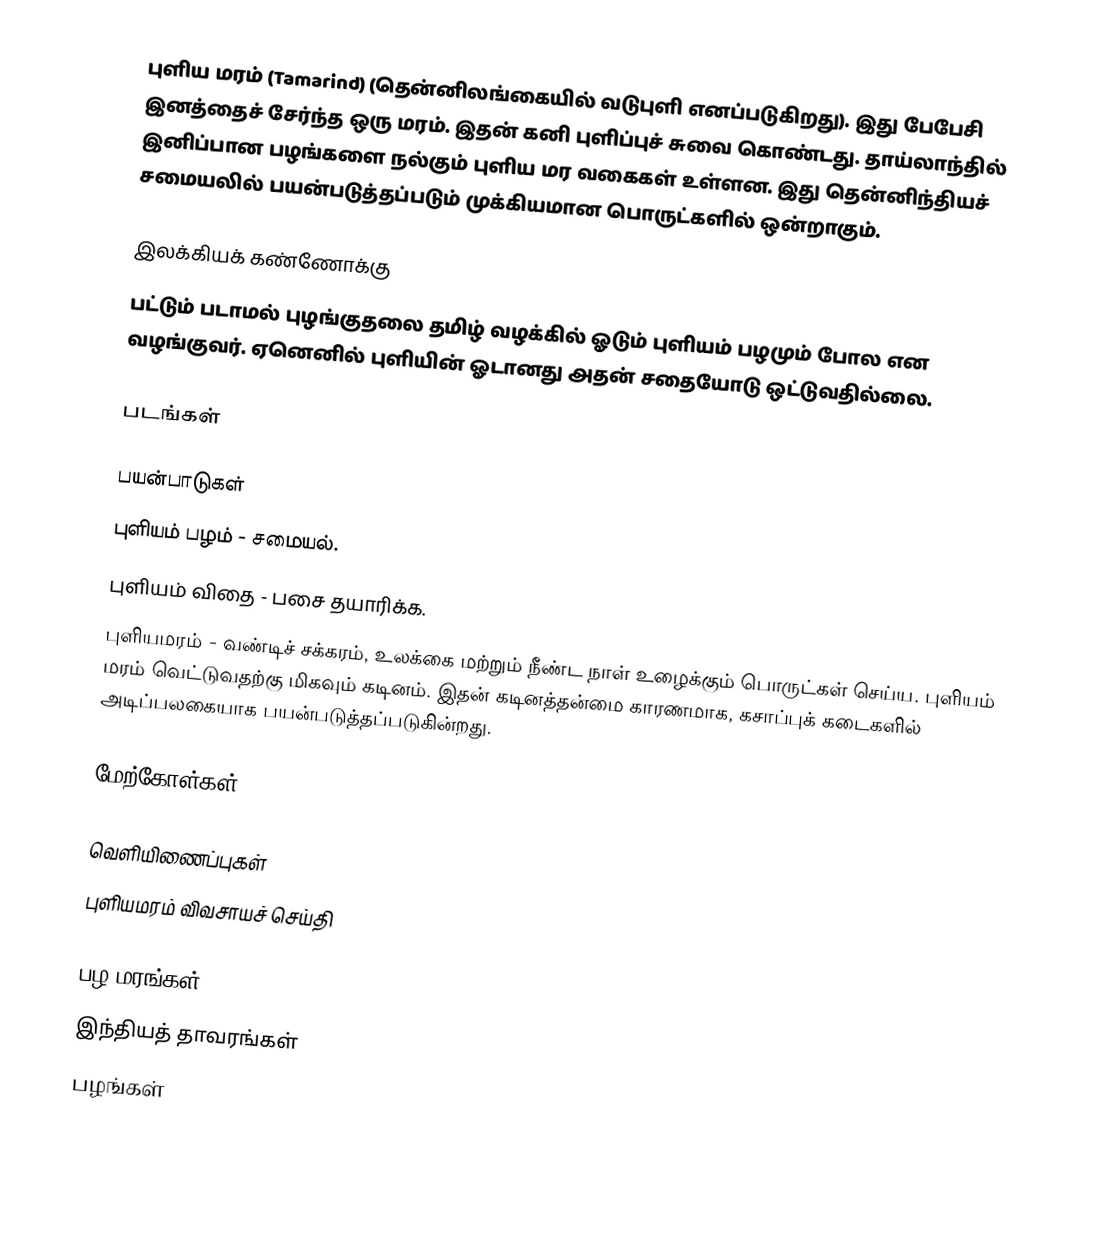
புளிய மரம் (Tamarind) (தென்னிலங்கையில் வடுபுளி எனப்படுகிறது). இது பேபேசி இனத்தைச் சேர்ந்த ஒரு மரம். இதன் கனி புளிப்புச் சுவை கொண்டது. தாய்லாந்தில் இனிப்பான பழங்களை நல்கும் புளிய மர வகைகள் உள்ளன. இது தென்னிந்தியச் சமையலில் பயன்படுத்தப்படும் முக்கியமான பொருட்களில் ஒன்றாகும்.

இலக்கியக் கண்ணோக்கு
பட்டும் படாமல் புழங்குதலை தமிழ் வழக்கில் ஓடும் புளியம் பழமும் போல என வழங்குவர். ஏனெனில் புளியின் ஓடானது அதன் சதையோடு ஒட்டுவதில்லை.

படங்கள்

பயன்பாடுகள்
 புளியம் பழம் - சமையல்.
 புளியம் விதை - பசை தயாரிக்க.
 புளியமரம் - வண்டிச் சக்கரம், உலக்கை மற்றும் நீண்ட நாள் உழைக்கும் பொருட்கள் செய்ய. புளியம் மரம் வெட்டுவதற்கு மிகவும் கடினம். இதன் கடினத்தன்மை காரணமாக, கசாப்புக் கடைகளில் அடிப்பலகையாக பயன்படுத்தப்படுகின்றது.

மேற்கோள்கள்

வெளியிணைப்புகள்
புளியமரம் விவசாயச் செய்தி

பழ மரங்கள்
இந்தியத் தாவரங்கள்
பழங்கள்